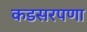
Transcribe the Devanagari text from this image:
कडसरपणा